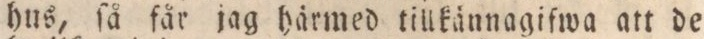
hus, ſå får jag härmed tillkännagifwa att de